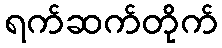
ရက်ဆက်တိုက်